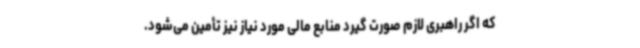
که اگر راهبری لازم صورت گیرد منابع مالی مورد نیاز نیز تأمین می‌شود.